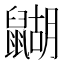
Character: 𪕱